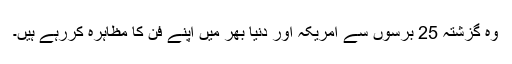
وہ گزشتہ 25 برسوں سے امریکہ اور دنیا بھر میں اپنے فن کا مظاہرہ کررہے ہیں۔